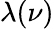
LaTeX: \lambda(\nu)